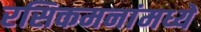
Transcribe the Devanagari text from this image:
रसिकमनांमध्ये